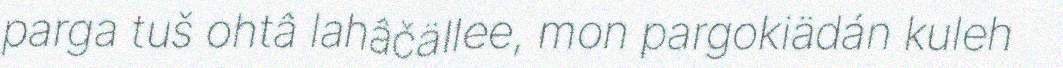
parga tuš ohtâ lahâčällee, mon pargokiädán kuleh